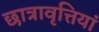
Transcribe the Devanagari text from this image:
छात्रावृत्तियां